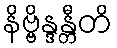
နိဗ္ဗိန္ဒန္တီတိ